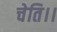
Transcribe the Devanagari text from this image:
चेति।।